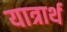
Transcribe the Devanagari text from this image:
यात्रार्थ